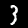
Label: 3